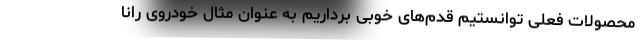
محصولات فعلی توانستیم قدم‌های خوبی برداریم به عنوان مثال خودروی رانا